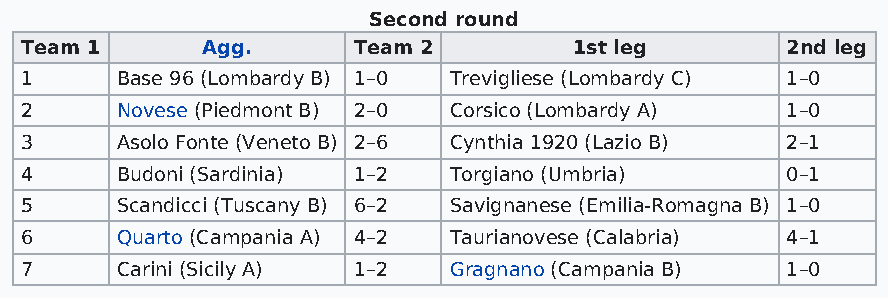
Second round
 Team 1      Agg.      Team 2         1st leg       2nd leg
 1      Base 96 (Lombardy B) 1–0 Trevigliese (Lombardy C) 1–0
 2      Novese (Piedmont B) 2–0 Corsico (Lombardy A) 1–0
 3      Asolo Fonte (Veneto B) 2–6 Cynthia 1920 (Lazio B) 2–1
 4      Budoni (Sardinia) 1–2 Torgiano (Umbria)     0–1
 5      Scandicci (Tuscany B) 6–2 Savignanese (Emilia-Romagna B) 1–0
 6      Quarto (Campania A) 4–2 Taurianovese (Calabria) 4–1
 7      Carini (Sicily A) 1–2 Gragnano (Campania B) 1–0